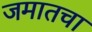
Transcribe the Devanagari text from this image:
जमातचा